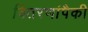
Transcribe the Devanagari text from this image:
वितरणांपैकी